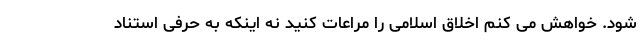
شود. خواهش می کنم اخلاق اسلامی را مراعات کنید نه اینکه به حرفی استناد